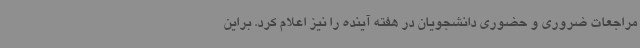
مراجعات ضروری و حضوری دانشجویان در هفته آینده را نیز اعلام کرد. براین